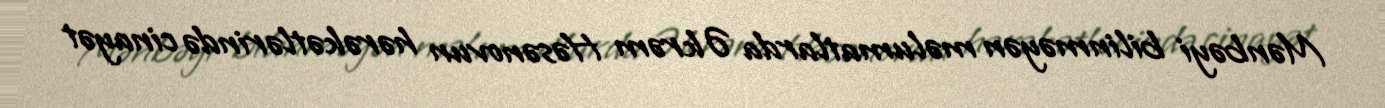
Mənbəyi bilinməyən məlumatlarda Əkrəm Həsənovun hərəkətlərində cinayət